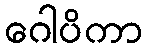
ဂေါပိကာ